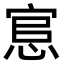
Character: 悹